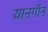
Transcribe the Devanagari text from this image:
यानगॉन